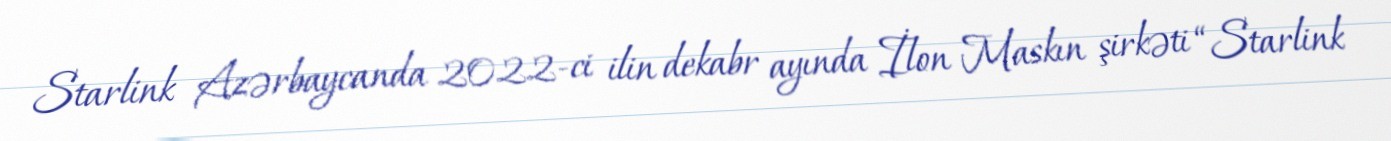
Starlink Azərbaycanda 2022-ci ilin dekabr ayında İlon Maskın şirkəti “Starlink